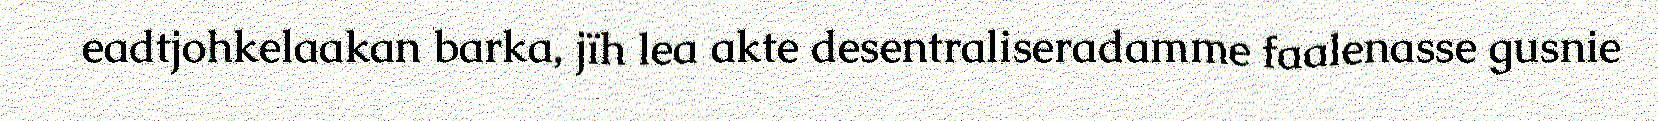
eadtjohkelaakan barka, jïh lea akte desentraliseradamme faalenasse gusnie